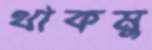
থাকমু